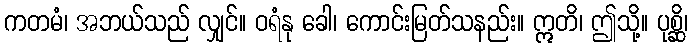
ကတမံ၊ အဘယ်သည် လျှင်။ ဝရံနု ခေါ၊ ကောင်းမြတ်သနည်း။ ဣတိ၊ ဤသို့။ ပုစ္ဆိ၊